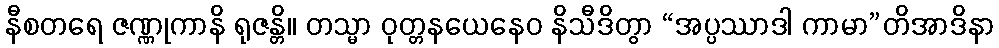
နီစတရေ ဇဏ္ဏုကာနိ ရုဇန္တိ။ တသ္မာ ဝုတ္တနယေနေဝ နိသီဒိတွာ “အပ္ပဿာဒါ ကာမာ”တိအာဒိနာ